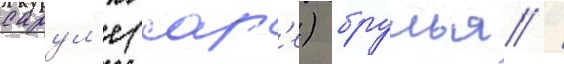
сарул'е (сар'е) брулья /